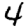
Digit: 4